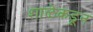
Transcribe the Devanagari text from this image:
शाळेकडून